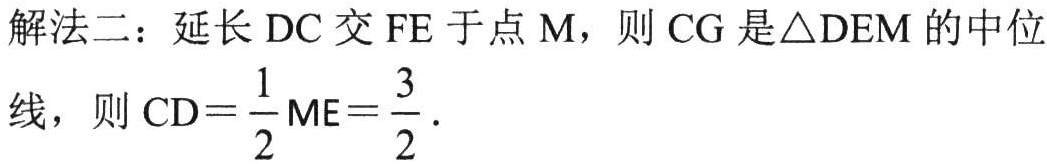
解法二：延长 \(DC\) 交 \(FE\) 于点 \(M\)，则 \(CG\) 是\(\triangle DEM\) 的中位线，则 \(CD = \frac{1}{2}ME=\frac{3}{2}\)．